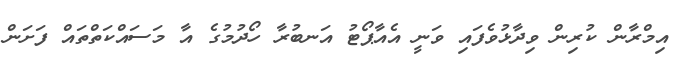
އިމްރާން ކުރިން ވިދާޅުވެފައި ވަނީ އެއާޕޯޓު އަނބުރާ ހޯދުމުގެ އާ މަސައްކަތްތައް ފަށަން